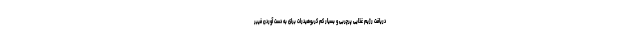
دریافت رژیم غذایی پرچربی و بسیار کم کربوهیدرات برای به دست آوردن فیبر